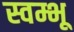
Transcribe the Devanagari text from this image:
स्वम्भू